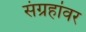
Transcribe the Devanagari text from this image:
संग्रहांवर